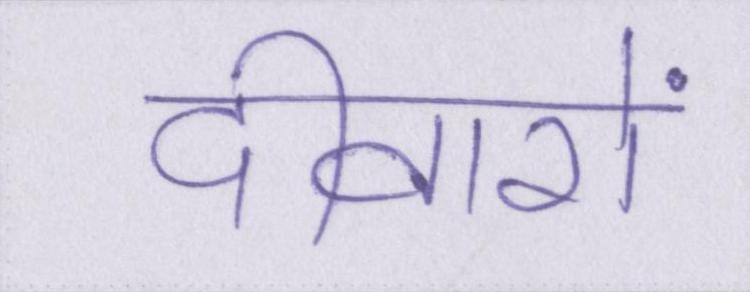
दीवारों